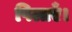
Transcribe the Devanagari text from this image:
पिलाएँ।